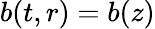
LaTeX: b(t,r)=b(z)